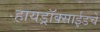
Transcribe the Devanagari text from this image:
हायड्राॅक्साईडचे